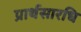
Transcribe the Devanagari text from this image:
प्रार्थसारधि